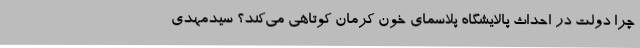
چرا دولت در احداث پالایشگاه پلاسمای خون کرمان کوتاهی می‌کند؟ سیدمهدی